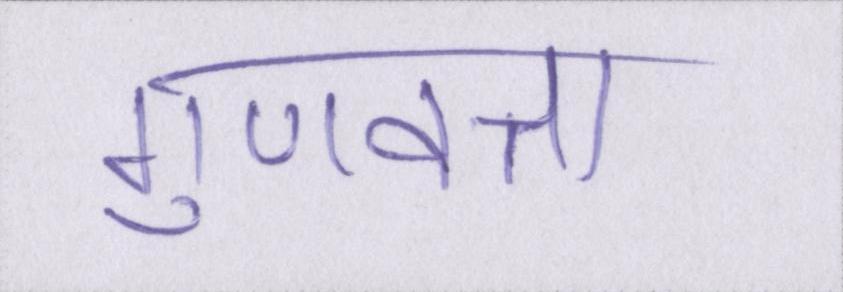
गुणवत्ता